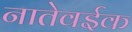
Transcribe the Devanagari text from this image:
नातेवईक